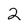
Character: 2